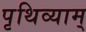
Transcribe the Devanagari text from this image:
पृथिव्याम्